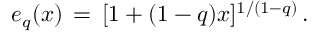
e _ { q } ( x ) \, = \, [ 1 + ( 1 - q ) x ] ^ { 1 / ( 1 - q ) } \, .